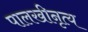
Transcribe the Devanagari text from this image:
पालखीनृत्य